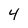
Character: 4